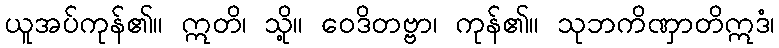
ယူအပ်ကုန်၏။ ဣတိ၊ သို့။ ဝေဒိတဗ္ဗာ၊ ကုန်၏။ သုဘကိဏှာတိဣဒံ၊